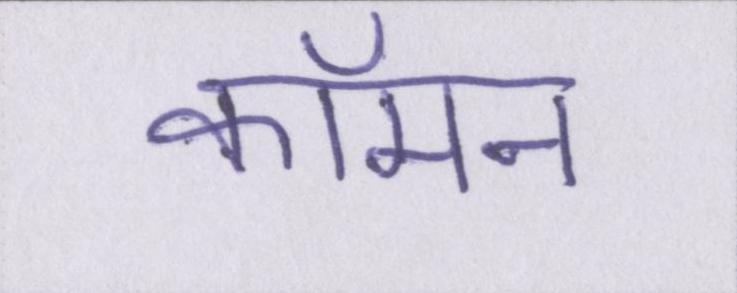
कॉमन